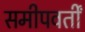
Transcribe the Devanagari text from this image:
समीपवर्तीं